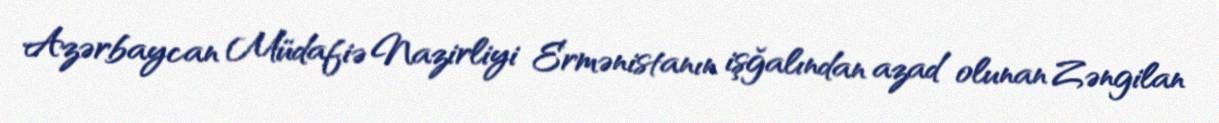
Azərbaycan Müdafiə Nazirliyi Ermənistanın işğalından azad olunan Zəngilan